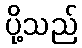
ပို့သည်